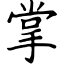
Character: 掌